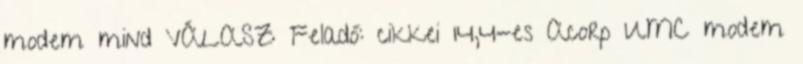
modem mind VÁLASZ Feladó: cikkei 14,4-es Acorp UMC modem